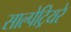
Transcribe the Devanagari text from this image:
साल्पेट्रियरे